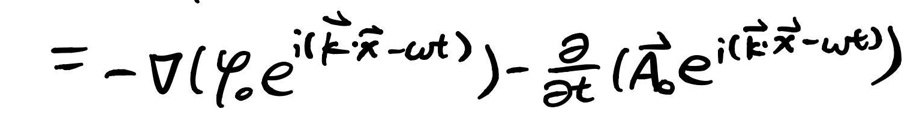
$= - \nabla (\varphi_0 e^{i(\vec{k} \cdot \vec{x} - \omega t)}) - \frac{\partial}{\partial t} (\vec{A}_0 e^{i(\vec{k} \cdot \vec{x} - \omega t)})$